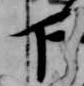
下